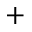
+